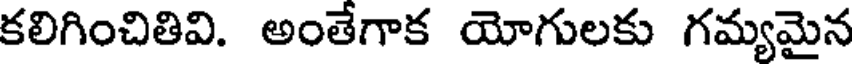
కలిగించితివి. అంతేగాక యోగులకు గమ్యమైన